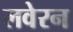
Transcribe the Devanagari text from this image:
लवेरन